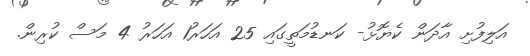
އަލިފުށި އާދަން ކެޔޮޅު- ކަނޑުމަތީގައި 25 އަހަރު1 އަހަރު 4 މަސް ކުރިން.